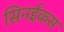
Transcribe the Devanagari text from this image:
सिनईकस